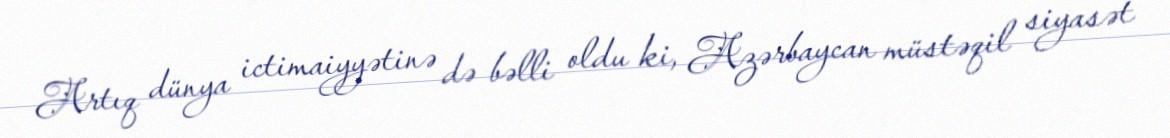
Artıq dünya ictimaiyyətinə də bəlli oldu ki, Azərbaycan müstəqil siyasət